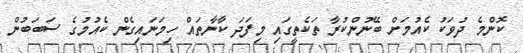
ކޮންމެ ދުވަކު ކެއުމަށް ބޭނުންކުރާ ތަކެތީގައި މިފަދަ ކާނާތައް ހިމަނައިގެން ކެއުމުގެ ސަބަބުން